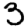
Digit: 3